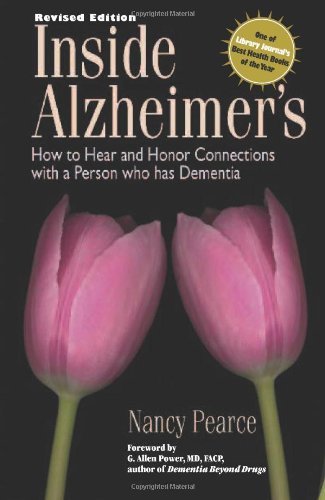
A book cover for Inside Alzheimer's: How to hear and Honor Connections with a Person who has Dementia; Nancy Pearce; Health, Fitness & Dieting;